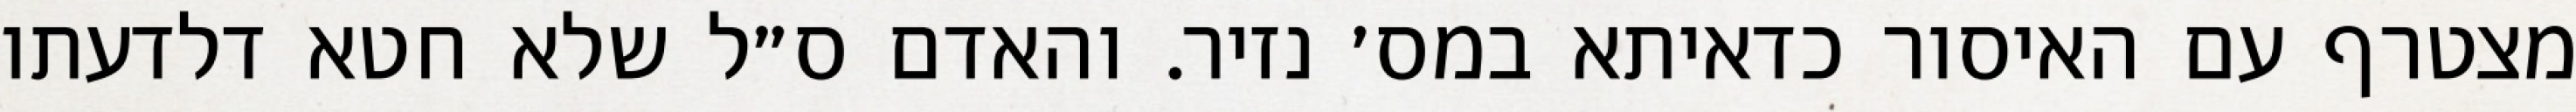
מצטרף עם האיסור כדאיתא במס׳ נזיר. והאדם ס״ל שלא חטא דלדעתו